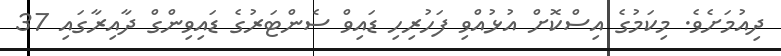
ދިއުމަށެވެ. މިކަމުގެ އިސްކޮށް އުޅުއްވި ފަހުރިހި ޑައިވް ސެންޓަރުގެ ޑައިވިންގް ދާއިރާގައި 37